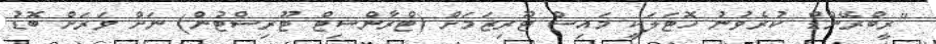
"ރީބްރޭންޑް ކުރެވުނު ހޮޓަލަކީ މައިސް ޓޫރިޒަމަށް (ޓްރާންސިޓް ޓޫރިސްޓުން) ނަށް ވަރަށް ބޮޑު